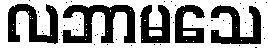
လဘာမသေ